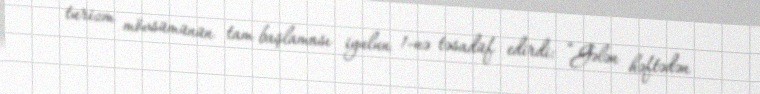
turizm mövsümünün tam başlaması iyulun 1-nə təsadüf edirdi: “Gələn həftədən